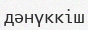
дәнүккіш